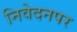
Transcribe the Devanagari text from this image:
निवेदनपर